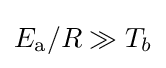
E_{\rm {a}}/R\gg T_{b}